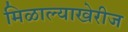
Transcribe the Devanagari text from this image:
मिळाल्याखेरीज